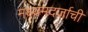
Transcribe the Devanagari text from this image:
मध्यमदर्जाची